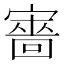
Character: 𡫆